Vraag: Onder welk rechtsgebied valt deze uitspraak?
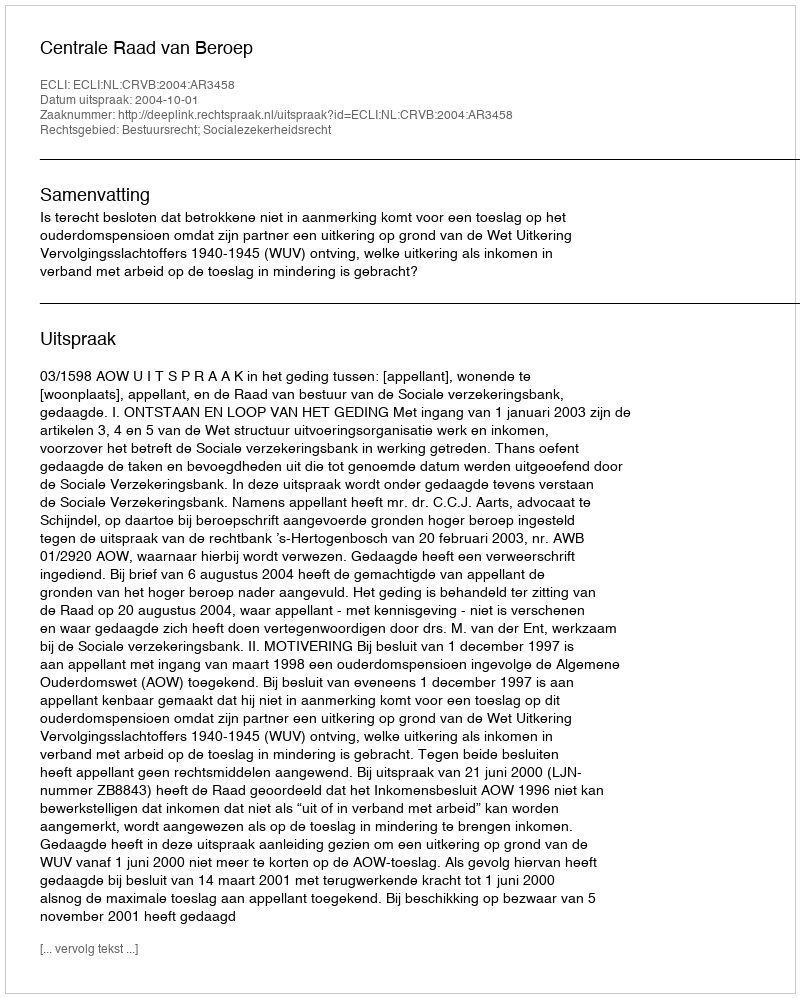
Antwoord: Bestuursrecht; Socialezekerheidsrecht